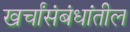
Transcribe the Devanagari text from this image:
खर्चांसंबंधांतील